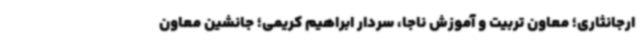
ارجانثاری؛ معاون تربیت و آموزش ناجا، سردار ابراهیم کریمی؛ جانشین معاون